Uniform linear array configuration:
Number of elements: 32
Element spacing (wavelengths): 0.75
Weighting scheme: binomial
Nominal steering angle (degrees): -30
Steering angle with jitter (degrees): -31.701
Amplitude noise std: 0.05
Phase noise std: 0.05

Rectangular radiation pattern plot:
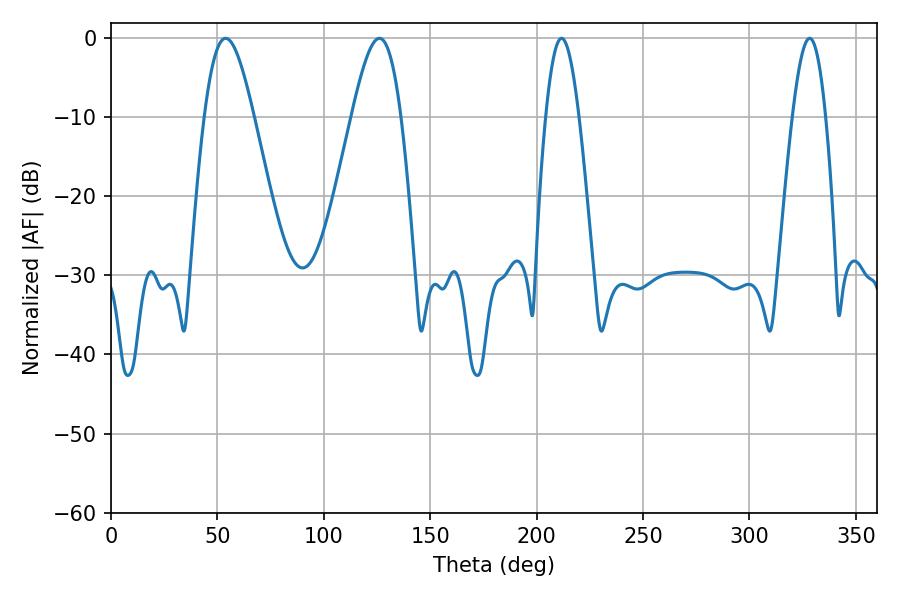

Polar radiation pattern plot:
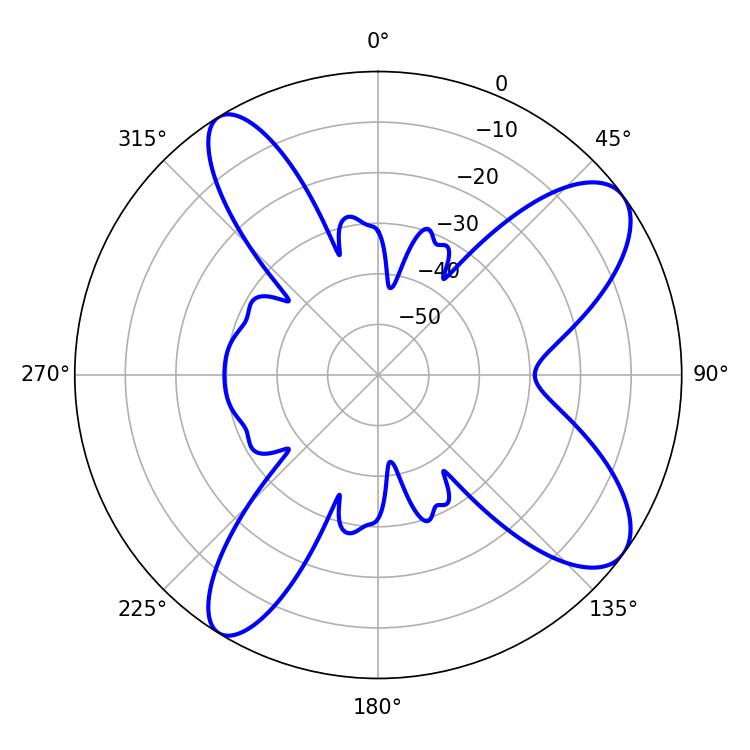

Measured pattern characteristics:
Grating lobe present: TRUE
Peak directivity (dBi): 9.62
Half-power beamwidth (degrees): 8.46
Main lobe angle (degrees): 211.68